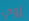
زوي